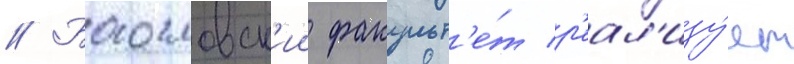
// Богословск'ии факульт'е́т р'еал'изу́ет